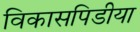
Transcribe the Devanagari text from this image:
विकासपिडीया